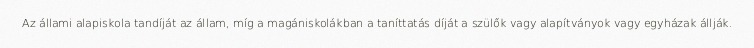
Az állami alapiskola tandíját az állam, míg a magániskolákban a taníttatás díját a szülők vagy alapítványok vagy egyházak állják.